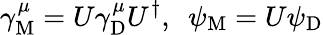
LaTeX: \gamma_{\mathrm{{M}}}^{\mu}=U\gamma_{\mathrm{{D}}}^{\mu}U^{\dagger},~~\psi_{\mathrm{{M}}}=U\psi_{\mathrm{{D}}}